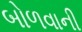
બોળવાની